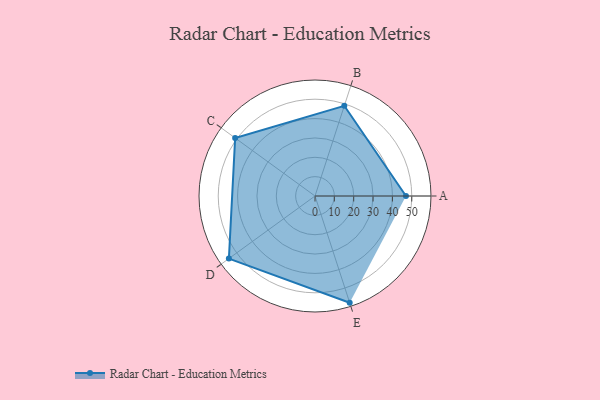
{"axis": {"x": "Skill", "y": "Score"}, "legend": ["Profile"], "data": [{"x": "A", "y": 47.0, "type": "Profile"}, {"x": "B", "y": 49.0, "type": "Profile"}, {"x": "C", "y": 51.0, "type": "Profile"}, {"x": "D", "y": 55.0, "type": "Profile"}, {"x": "E", "y": 58.0, "type": "Profile"}]}